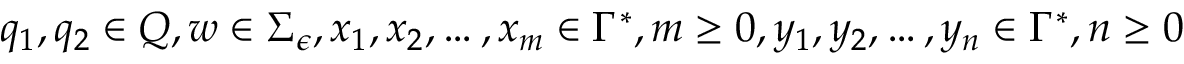
q _ { 1 } , q _ { 2 } \in Q , w \in \Sigma _ { \epsilon } , x _ { 1 } , x _ { 2 } , \ldots , x _ { m } \in \Gamma ^ { * } , m \geq 0 , y _ { 1 } , y _ { 2 } , \ldots , y _ { n } \in \Gamma ^ { * } , n \geq 0